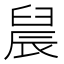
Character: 䢅